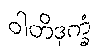
ဝါတိဒုက္ခံ